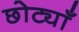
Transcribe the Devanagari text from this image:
छोट्याँ